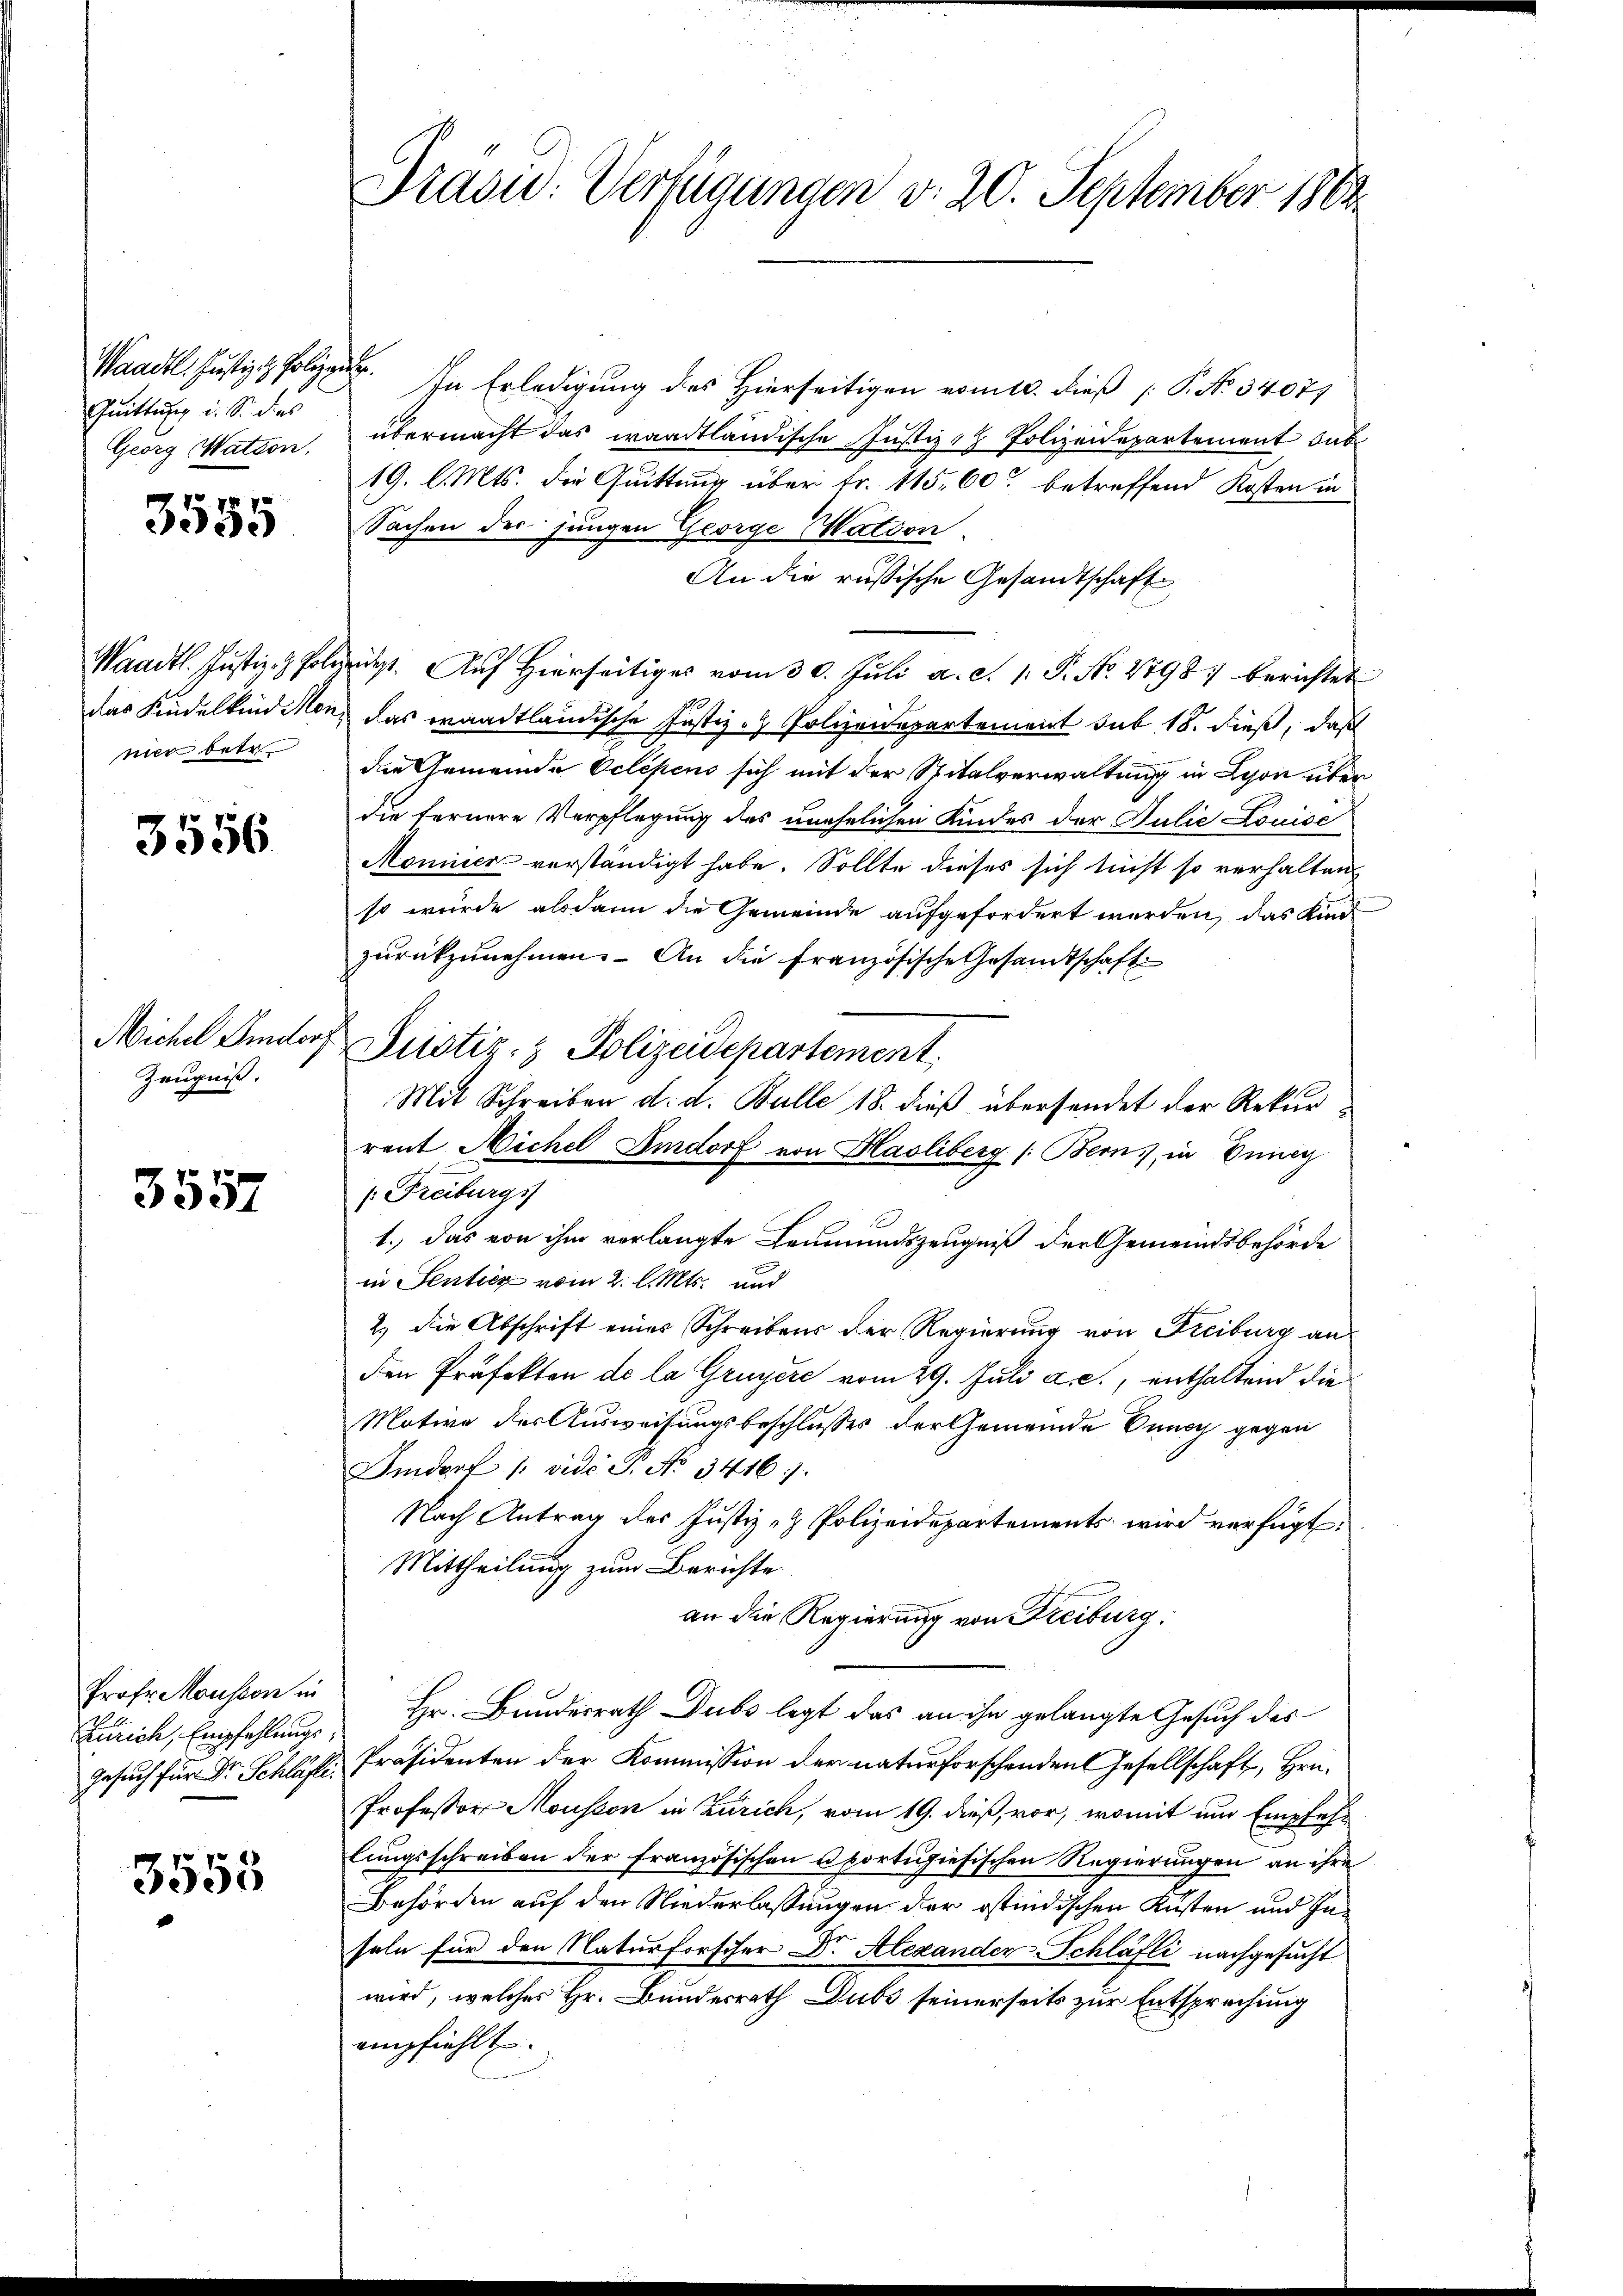
Quittung u. So des
Georg Watton.

3555

Waadt. Justiz- & Pole.
das Kindelkind Mon
nier betr

3556

Michel Lidor,
Zeugniß.

3557

Prof. Mousson in
Zürich, Empfehlungs
Gesuch für Dr. Schläfte.

3553

Waadt. Justiz. In Erledigung des Hierseitigen vom 10. dieß P. No 34071
übermacht das waadtländische Justiz - Polizeidepartement dab
19. l. Mts. die Quittung über fr. 115. 60 betreffend Kosten in
Sachen der jungen George Nation.
An die russische Gesandtschaft
gedest. Auf Hierseitiges vom 30. Juli a. c. 1. P. No. 27987 berichtet
das waadtländische Justiz - Polizeidepartement sub 18. dieß, daß
die Gemeinde Oclepens sich mit der Spitalverwaltung in Lyon über
die fernere Verpflegung des unehelichen Kindes der Julie Louise
Moniner vorständigt habe. Sollte dieses sich nicht so verhalten
so wurde alsdann die Gemeinde aufgefordert werden, das Kinde
zurückzunehmen. An die Französische Gesandtschaft
Zustiz- & Polizeidepartement
Mit Schreiben d. d. Bulle 18. dieß übersendet der Rekurraut Michel Emdorf von Hasliberg (Bern, in Düng
/. Freiburgs
1.) Das von ihm verlangte Leumundszeugniß der Gemeindsbehörde
in Senticz vom 2. l. Mts. und
2.) Die Abschrift eines Schreibens der Regierung von Freiburg an
den Präfekten de la Gruyère vom 29. Juli a. c., enthaltend die
Motive der Ausweisungsbeschlusses der Gemeinde Benach gegen
Imdorf /: vide 3. No 3416).
Nach Antrag des Justiz- & Polizeidepartements wird verfügt:
Mittheilung zum Berichte
an die Regierung von Freiburg
Hr. Bundesrath Dubs legt das an ihn gelangte Gesuch des
&. Präsidenten der Kommission der naturforschenden Gesellschaft, Hrn.
Professor Mousson in Zürich, vom 19. dieß, vor, womit und Empfehlungsschreiben der französischen Sportihiesischen Regierungen an ihre
Behörden auf den Niederlassungen der ostindischen Küsten und Inseln für den Naturforscher Dr. Alexanden Schläfli nachgesucht
wird, welches Hr. Bundesrath Dubs seinerseits zur Entsprechung
empfiehlt.

Drasu: Verfügungen d. 20. September 1863